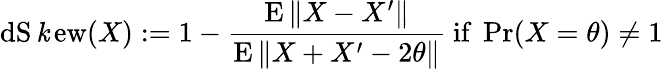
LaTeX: \operatorname{dS\mathit{k}ew}(X):=1-{\frac{{\operatorname{E}\| X-X^{\prime}\| }}{{\operatorname{E}\| X+X^{\prime}-2\theta\| }}}{\mathrm{{~if~}}}\operatorname*{Pr}(X=\theta)\neq1